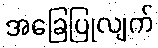
အခြေပြုလျက်